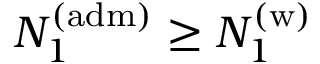
N _ { 1 } ^ { \mathrm { ( a d m ) } } \geq N _ { 1 } ^ { \mathrm { ( w ) } }